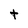
Character: t